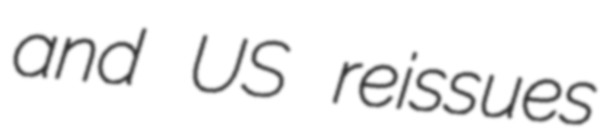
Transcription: and US reissues